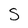
Character: S